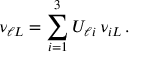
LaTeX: \nu _ { \ell L } = \sum _ { i = 1 } ^ { 3 } U _ { \ell i } \, \nu _ { i L } \, .